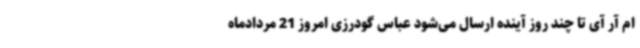
ام آر آی تا چند روز آینده ارسال می‌شود عباس گودرزی امروز 21 مردادماه